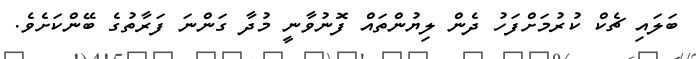
ބަލައި ޗެކް ކުރުމަށްފަހު ދެން ލިޔުންތައް ފޮނުވާނީ މުދާ ގަންނަ ފަރާތުގެ ބޭންކަށެވެ.